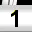
Digit: 1